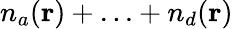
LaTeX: n_{a}({\mathbf r})+{...}+n_{d}({\mathbf r})